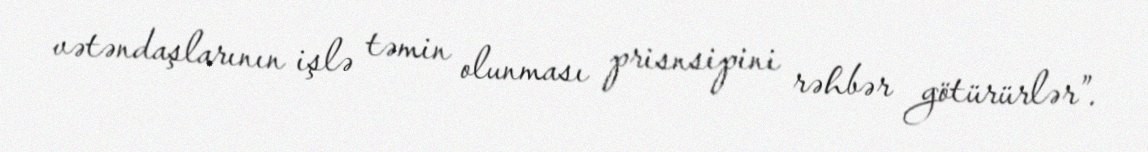
vətəndaşlarının işlə təmin olunması prisnsipini rəhbər götürürlər”.